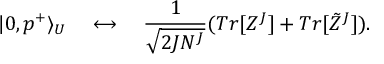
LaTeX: | 0 , p ^ { + } \rangle _ { U } \quad \longleftrightarrow \quad { \frac { 1 } { \sqrt { 2 J N ^ { J } } } } ( T r [ Z ^ { J } ] + T r [ \tilde { Z } ^ { J } ] ) .